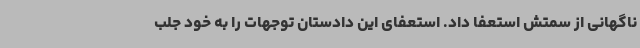
ناگهانی از سمتش استعفا داد. استعفای این دادستان توجهات را به خود جلب